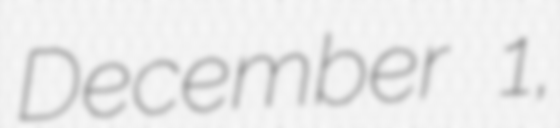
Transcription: December 1,